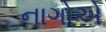
નાગોએ